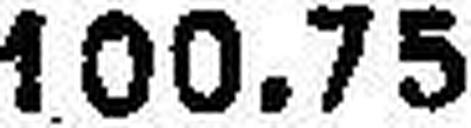
100.75